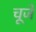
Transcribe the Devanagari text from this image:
चूजें